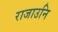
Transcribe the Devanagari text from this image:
राजाउनि